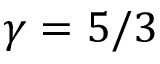
\gamma = 5 / 3